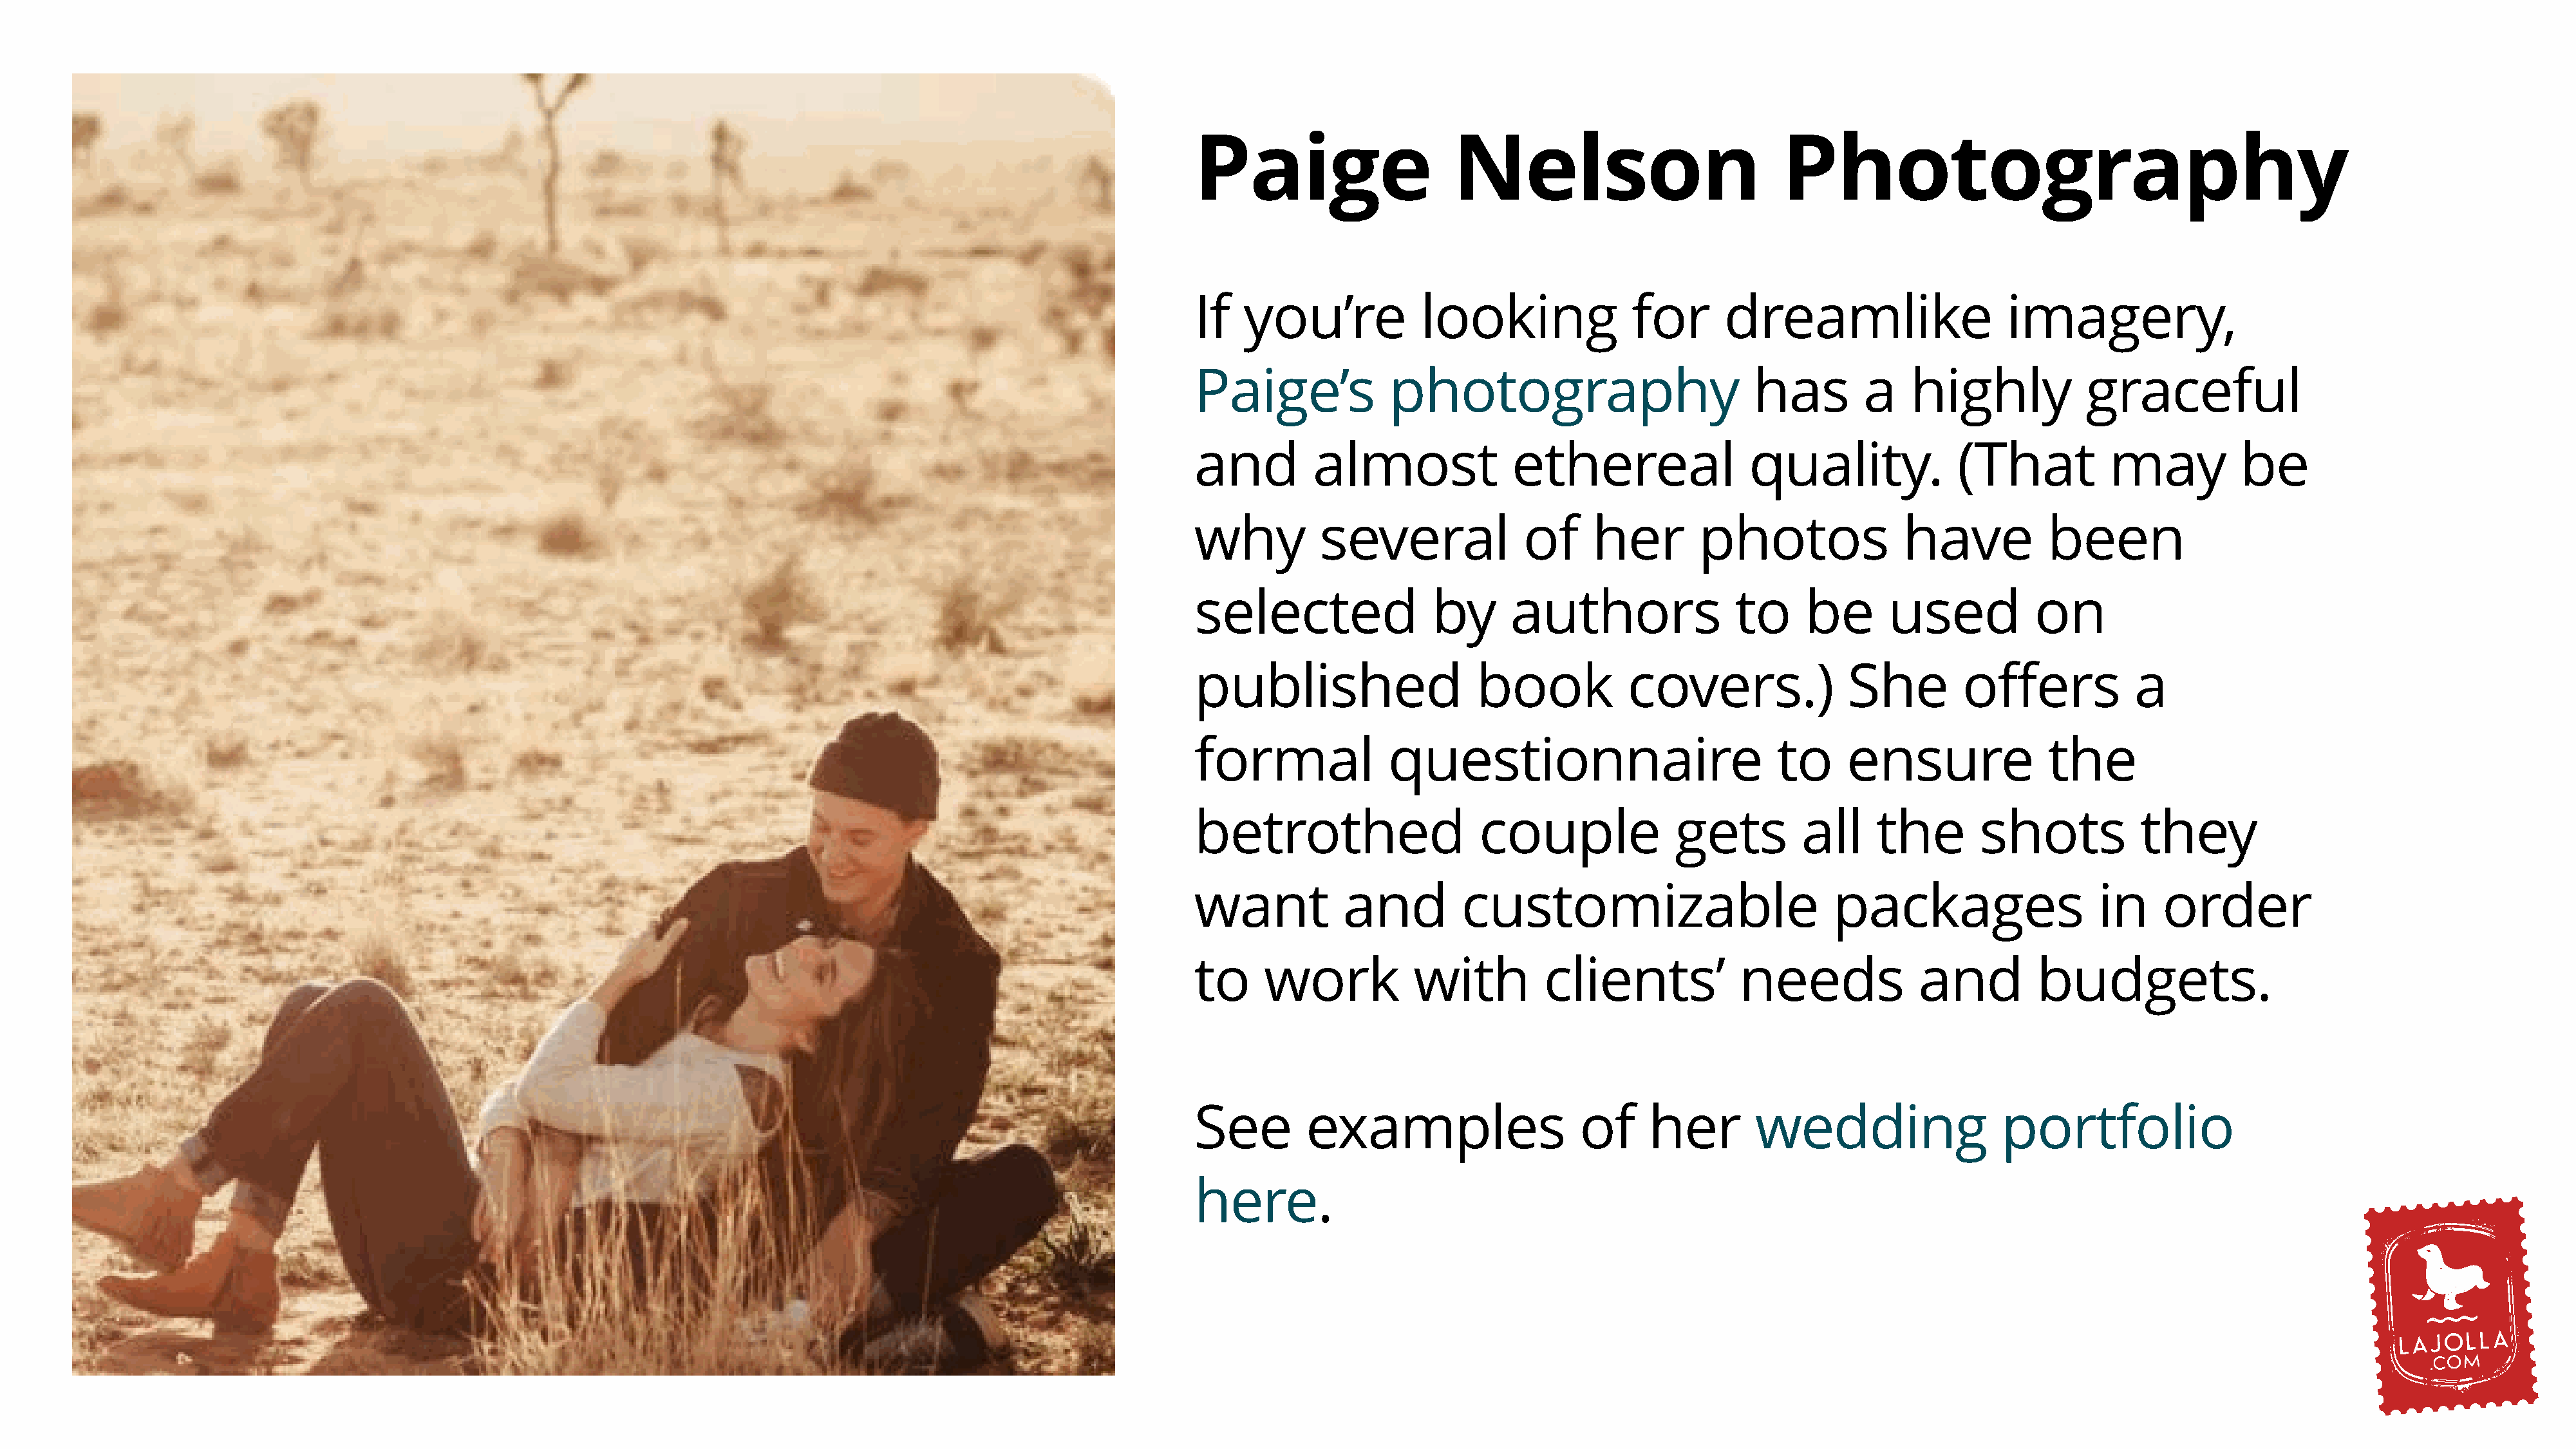
Paige                     Nelson                            Photography
 If   you’re            looking               for      dreamlike                    imagery,
 Paige’s             photography                          has         a   highly            graceful
 and         almost              ethereal                 quality.             (That           may          be
 why          several              of     her        photos               have          been
 selected                by      authors                to      be      used           on
 published                    book           covers.)               She         offers           a
 formal              questionnaire                           to     ensure               the
 betrothed                    couple              gets         all     the       shots            they
 want           and         customizable                          packages                    in    order
 to     work           with          clients’            needs             and         budgets.
 See        examples                    of     her        wedding                   portfolio
 here.